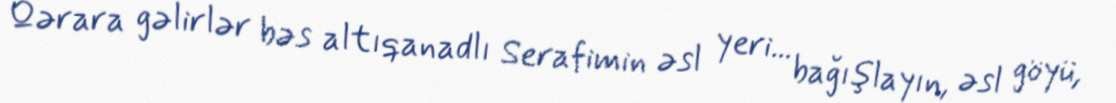
Qərara gəlirlər bəs altıqanadlı Serafimin əsl yeri... bağışlayın, əsl göyü,